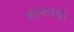
નાગવલી